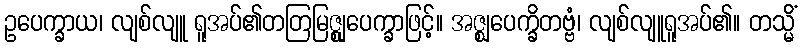
ဥပေက္ခာယ၊ လျစ်လျူ ရူအပ်၏တတြမြဇ္ဈုပေက္ခာဖြင့်။ အဇ္ဈပေက္ခိတဗ္ဗံ၊ လျစ်လျူရူအပ်၏။ တသ္မိံ